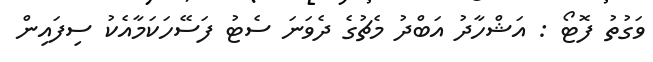
ވަގުތު ފޮޓޯ : އަޝްހާދު އަބްދު މެޗުގެ ދެވަނަ ސެޓު ފަސޭހަކަމާއެކު ސިފައިން